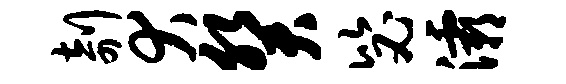
剞犬癸毖灞